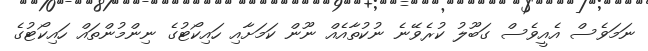
ނަމަވެސް އެއީވެސް ގަބޫލު ކުރެވޭނެ ނުކުތާއެއް ނޫން ކަމަށާއި ހައިކޯޓުގެ ނިންމުންތައް ހައިކޯޓުގެ